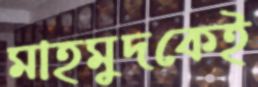
মাহমুদকেই